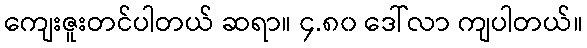
ကျေးဇူးတင်ပါတယ် ဆရာ။ ၄.၈၀ ဒေါ်လာ ကျပါတယ်။